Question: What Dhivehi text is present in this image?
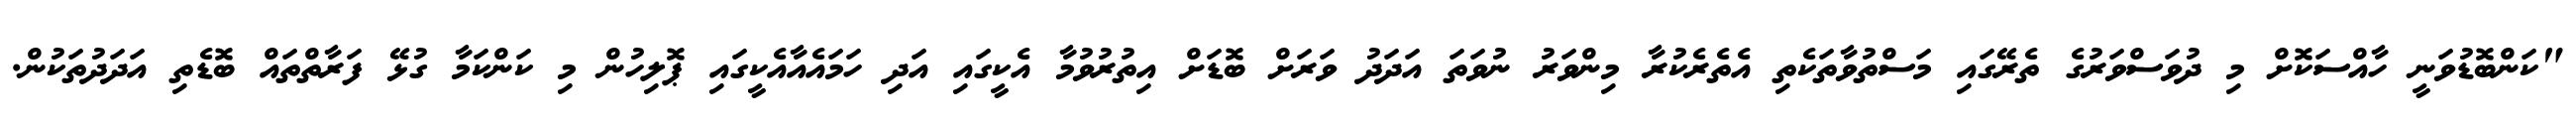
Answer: "ކަންބޮޑުވަނީ ހާއްސަކޮށް މި ދުވަސްވަރުގެ ތެރޭގައި މަސްތުވާތަކެތި އެތެރެކުރާ މިންވަރު ނުވަތަ އަދަދު ވަރަށް ބޮޑަށް އިތުރުވުމާ އެކީގައި އަދި ހަމައެއާއެކީގައި ޕޮލިހުން މި ކަންކަމާ ގުޅޭ ފަރާތްތައް ބޮޑެތި އަދަދުތަކުން.